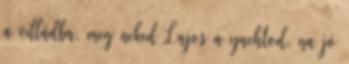
a villádba, meg neked Lajos a yachtod, na jó